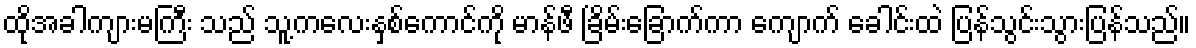
ထိုအခါကျားမကြီး သည် သူ့ကလေးနှစ်ကောင်ကို မာန်ဖီ ခြိမ်းခြောက်ကာ ကျောက် ခေါင်းထဲ ပြန်သွင်းသွားပြန်သည်။